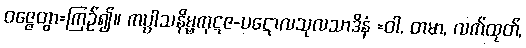
ဝဇ္ဇေတွာ=ကြဉ်၍။ ကပ္ပါသနိမ္ဗကုဋဇ-ပဋောလသုလသာဒိနံ =ဝါ, တမာ, လက်ထုတ်,